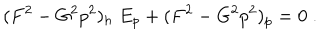
( F ^ { 2 } - G ^ { 2 } p ^ { 2 } ) _ { h } \; E _ { p } + ( F ^ { 2 } - G ^ { 2 } p ^ { 2 } ) _ { p } = 0 \; .